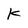
Character: K